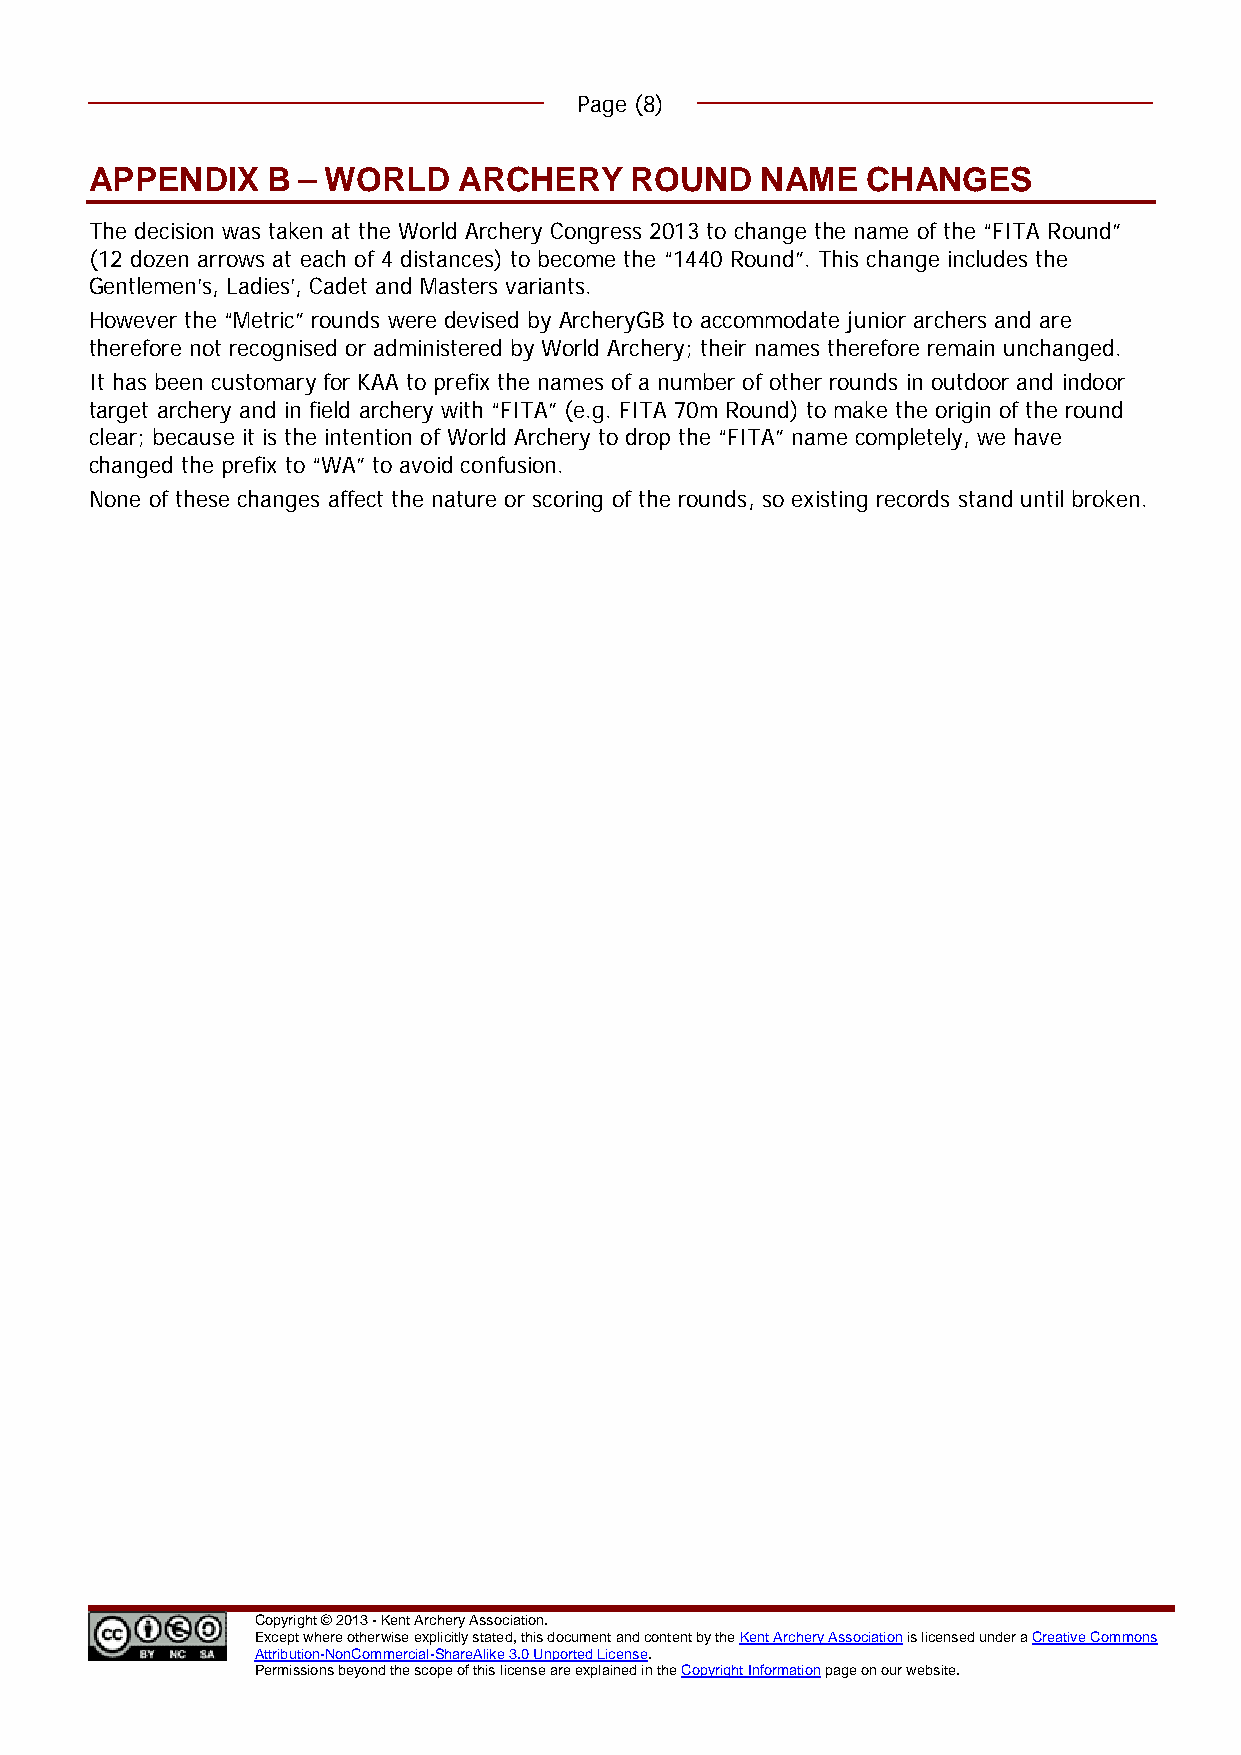
Page (8)
 APPENDIX    B – WORLD   ARCHERY     ROUND   NAME   CHANGES
 The decision was taken at the World Archery Congress 2013 to change the name of the “FITA Round”
 (12 dozen arrows at each of 4 distances) to become the “1440 Round”. This change includes the
 Gentlemen’s, Ladies’, Cadet and Masters variants.
 However the “Metric” rounds were devised by ArcheryGB to accommodate junior archers and are
 therefore not recognised or administered by World Archery; their names therefore remain unchanged.
 It has been customary for KAA to prefix the names of a number of other rounds in outdoor and indoor
 target archery and in field archery with “FITA” (e.g. FITA 70m Round) to make the origin of the round
 clear; because it is the intention of World Archery to drop the “FITA” name completely, we have
 changed the prefix to “WA” to avoid confusion.
 None of these changes affect the nature or scoring of the rounds, so existing records stand until broken.
 Copyright © 2013 - Kent Archery Association.
 Except where otherwise explicitly stated, this document and content by the Kent Archery Association is licensed under a Creative Commons
 Attribution-NonCommercial-ShareAlike 3.0 Unported License.
 Permissions beyond the scope of this license are explained in the Copyright Information page on our website.